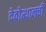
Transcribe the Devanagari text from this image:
देवोत्थानची